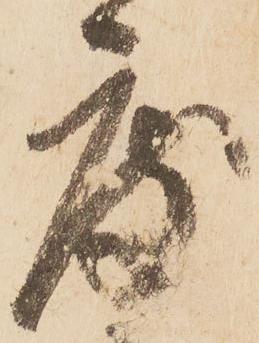
度